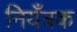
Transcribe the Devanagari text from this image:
नियँत्रक